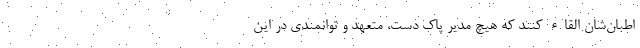
اطبان‌شان القاء کنند که هیچ مدیر پاک دست، متعهد و توانمندی در این